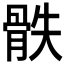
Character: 𩨰